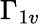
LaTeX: \Gamma_{1v}